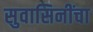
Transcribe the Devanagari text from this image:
सुवासिनींचा